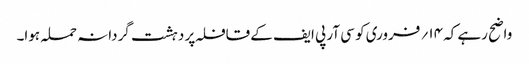
واضح رہے کہ ۱۴؍ فروری کو سی آر پی ایف کے قافلہ پر دہشت گردانہ حملہ ہوا۔